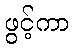
ဖွင့်ကာ